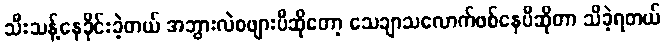
သီးသန့်နေခိုင်းခဲ့တယ် အဘွားလဲစဖျားပီဆိုတော့ သေချာသလောက်ဖစ်နေပီဆိုတာ သိခဲ့ရတယ်